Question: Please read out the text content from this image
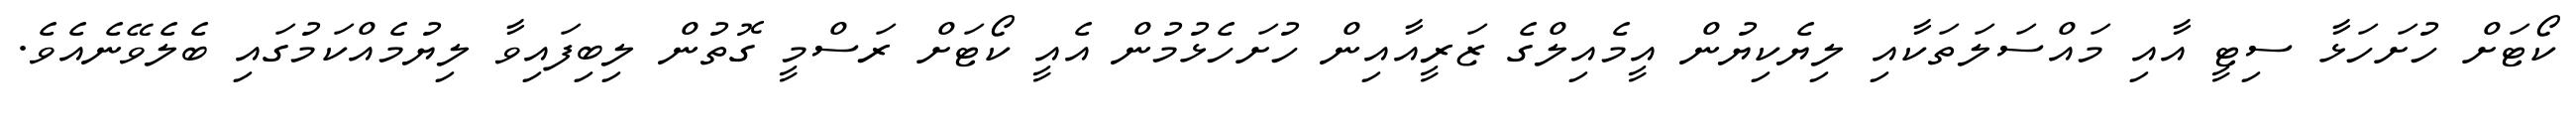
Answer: ކޯޓަށް ހުށަހަޅާ ސިޓީ އާއި މައްސަލަތަކާއި ލިޔެކިޔުން އީމެއިލްގެ ޒަރީއާއިން ހުށަހެޅުމުން އެއީ ކޯޓަށް ރަސްމީ ގޮތުން ލިބިފައިވާ ލިޔުމެއްކަމުގައި ބެލެވޭނެއެވެ.